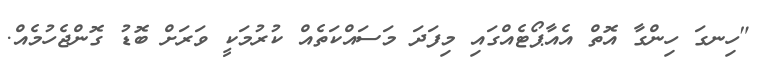
"ހިނގަ ހިންގާ އޮތް އެއާޕޯޓެއްގައި މިފަދަ މަސައްކަތެއް ކުރުމަކީ ވަރަށް ބޮޑު ގޮންޖެހުމެއް.